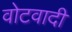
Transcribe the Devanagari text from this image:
वोटवादी